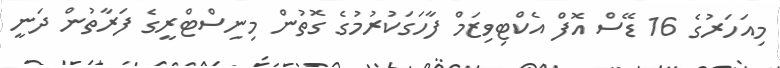
މިއަހަރުގެ 16 ޑޭސް އޮފް އެކްޓިވިޒަމް ފާހަގަކުރުމުގެ ގޮތުން މިނިސްޓްރީގެ ފަރާތުން ދަނީ